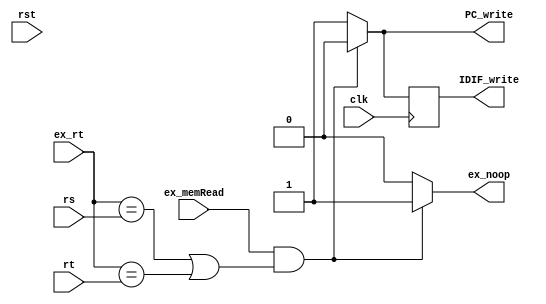
/*
DESCRIPTION

NOTES

TODO

*/

module hazard_detection_unit_r0 #(
	parameter BIT_WIDTH = 32,
	parameter REG_ADDR_WIDTH = 5,
	parameter DELAY = 0
)(
	input clk,
	input rst,

	input [REG_ADDR_WIDTH-1:0] rs,
	input [REG_ADDR_WIDTH-1:0] rt,

	input ex_memRead,
	input [REG_ADDR_WIDTH-1:0] ex_rt,

	output reg PC_write,
  output reg IDIF_write,
  output reg ex_noop
  );

/**********
 * Internal Signals
**********/
reg IDIF_write_tmp;
/**********
 * Glue Logic
 **********/
/**********
 * Synchronous Logic
 **********/
always @* begin
	ex_noop <= 1'b0;
	PC_write <= 1'b1;
	IDIF_write_tmp <= 1'b1;

	//load use hazard
	if(ex_memRead && (ex_rt == rs || ex_rt == rt)) begin
		ex_noop <= 1'b1;
		PC_write <= 1'b0;
		IDIF_write_tmp <= 1'b0;
	end
end

always @(posedge clk) begin
	IDIF_write <= IDIF_write_tmp;

end

/**********
 * Glue Logic
 **********/
/**********
 * Components
 **********/
/**********
 * Output Combinatorial Logic
 **********/

endmodule